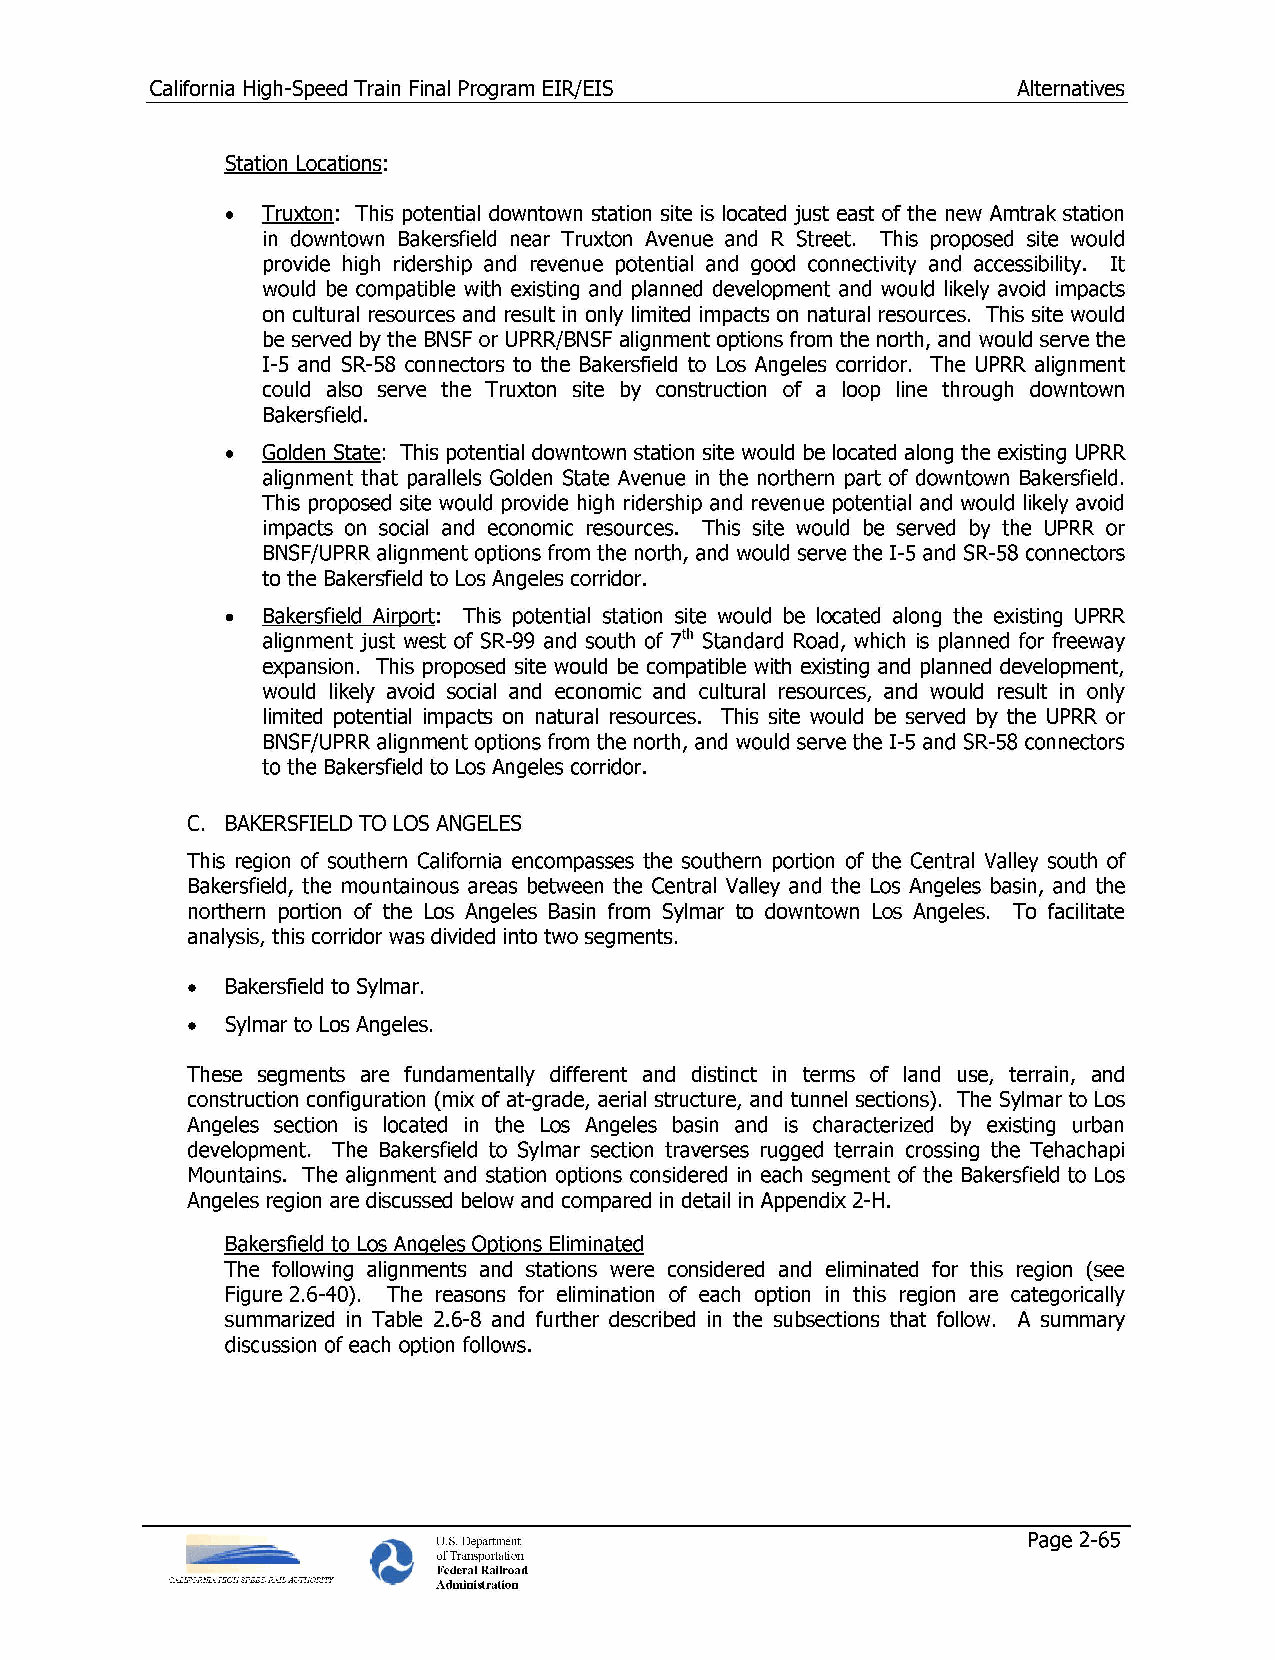
California High-Speed Train Final Program EIR/EIS        Alternatives
 Station Locations:
 • Truxton: This potential downtown station site is located just east of the new Amtrak station
 in downtown Bakersfield near Truxton Avenue and R Street. This proposed site would
 provide high ridership and revenue potential and good connectivity and accessibility. It
 would be compatible with existing and planned development and would likely avoid impacts
 on cultural resources and result in only limited impacts on natural resources. This site would
 be served by the BNSF or UPRR/BNSF alignment options from the north, and would serve the
 1-5 and SR-58 connectors to the Bakersfield to Los Angeles corridor. The UPRR alignment
 could also serve the Truxton site by construction of a loop line through downtown
 Bakersfield.
 • Golden State: This potential downtown station site would be located along the existing UPRR
 alignment that parallels Golden State Avenue in the northern part of downtown Bakersfield.
 This proposed site would provide high ridership and revenue potential and would likely avoid
 impacts on social and economic resources. This site would be served by the UPRR or
 BNSF/UPRR alignment options from the north, and would serve the 1-5 and SR-58 connectors
 to the Bakersfield to Los Angeles corridor.
 • Bakersfield Airport: This potential station site would be located along the existing UPRR
 alignment just west of SR-99 and south of ih Standard Road, which is planned for freeway
 expansion. This proposed site would be compatible with existing and planned development,
 would likely avoid social and economic and cultural resources, and would result in only
 limited potential impacts on natural resources. This site would be served by the UPRR or
 BNSF/UPRR alignment options from the north, and would serve the 1-5 and SR-58 connectors
 to the Bakersfield to Los Angeles corridor.
 C. BAKERSFIELD TO LOS ANGELES
 This region of southern California encompasses the southern portion of the Central Valley south of
 Bakersfield, the mountainous areas between the Central Valley and the Los Angeles basin, and the
 northern portion of the Los Angeles Basin from Sylmar to downtown Los Angeles. To facilitate
 analysis, this corridor was divided into two segments.
 •  Bakersfield to Sylmar.
 •  Sylmar to Los Angeles.
 These segments are fundamentally different and distinct in terms of land use, terrain, and
 construction configuration (mix of at-grade, aerial structure, and tunnel sections). The Sylmar to Los
 Angeles section is located in the Los Angeles basin and is characterized by existing urban
 development. The Bakersfield to Sylmar section traverses rugged terrain crossing the Tehachapi
 Mountains. The alignment and station options considered in each segment of the Bakersfield to Los
 Angeles region are discussed below and compared in detail in Appendix 2-H.
 Bakersfield to Los Angeles Options Eliminated
 The following alignments and stations were considered and eliminated for this region (see
 Figure 2.6-40). The reasons for elimination of each option in this region are categorically
 summarized in Table 2.6-8 and further described in the subsections that follow. A summary
 discussion of each option follows.
 U.S. Department                        Page 2-65
 of Transportation
 Federal Railroad
 Administration